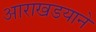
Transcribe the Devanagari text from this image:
आराखडयाने